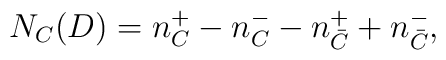
N_C(D)=n^+_C-n^-_C-n^+_{\bar C}+n^-_{\bar C},